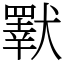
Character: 𤢕